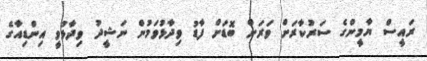
ރައީސް ޔާމީންގެ ސަރުކާރަށް ވަރަށް ބޮޑަށް ފާޑު ވިދާޅުވަމުން ނަޝީދު ވިދާޅުވީ އިންޑިއާގެ